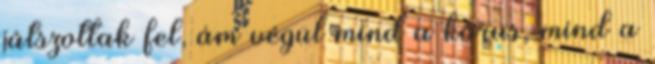
játszottak fel, ám végül mind a kórus, mind a